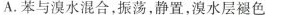
A.苯与溴水混合，振荡，静置，溴水层褪色